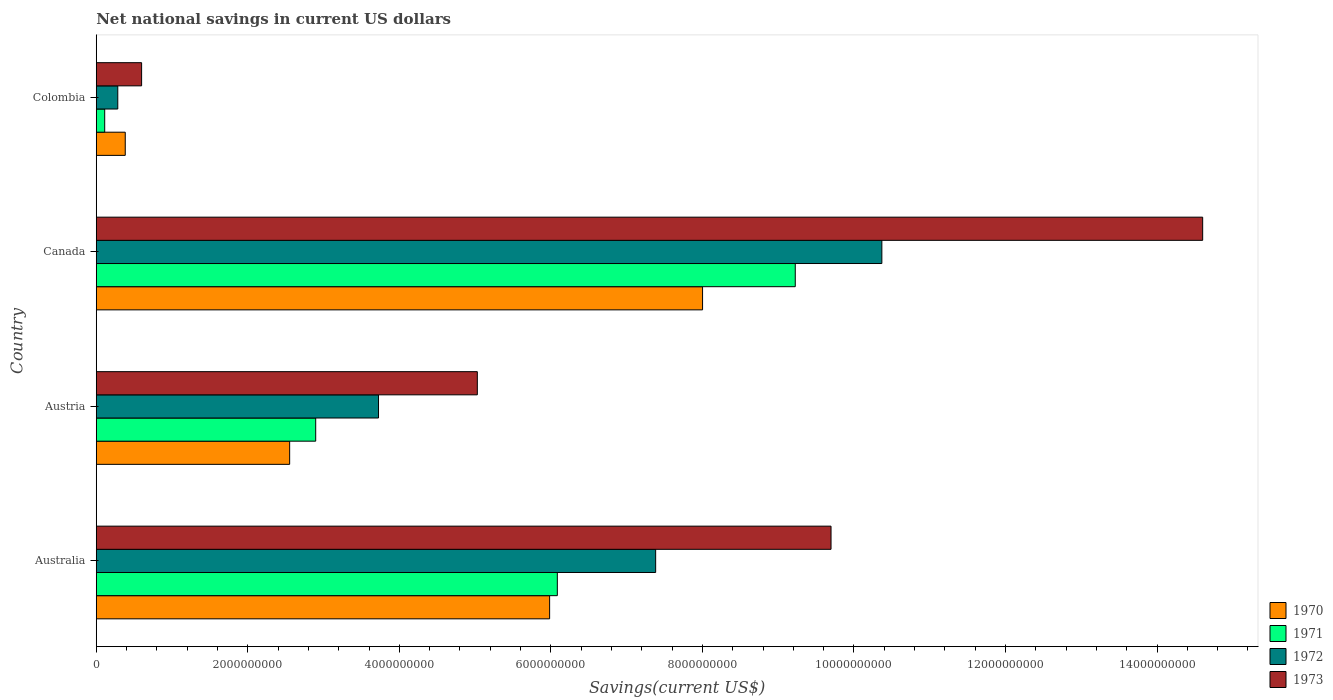
| Country | 1970 | 1971 | 1972 | 1973 |
 | --- | --- | --- | --- | --- |
 | Australia | 5.98e+09 | 6.09e+09 | 7.38e+09 | 9.7e+09 |
 | Austria | 2.55e+09 | 2.9e+09 | 3.73e+09 | 5.03e+09 |
 | Canada | 8e+09 | 9.23e+09 | 1.04e+10 | 1.46e+10 |
 | Colombia | 3.83e+08 | 1.11e+08 | 2.84e+08 | 5.98e+08 |